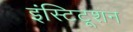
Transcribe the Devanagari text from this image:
इंस्टिटूशन